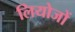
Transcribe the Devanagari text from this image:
लियोजों